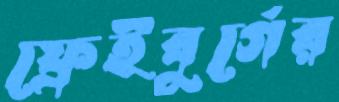
ফ্রেইবুর্গের